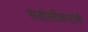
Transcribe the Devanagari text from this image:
सडोलीकरांचे